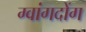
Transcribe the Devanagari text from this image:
ग्वांगदोंग